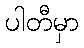
ပါတီမှာ